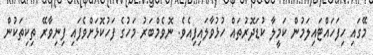
މޭގައި ހިފަހައްޓައިލަމުން ކަމީލާ ކުޑަދޮރުތައް ހުޅުވާލައިފިއެވެ. ނޮވެމްބަރު މަހުގެ ފަހުކޮޅަށްވެފައި ފިނިވާރޭ ތިކިތަކުން